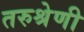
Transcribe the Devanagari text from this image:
तरुश्रेणी